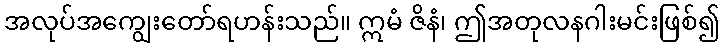
အလုပ်အကျွေးတော်ရဟန်းသည်။ ဣမံ ဇိနံ၊ ဤအတုလနဂါးမင်းဖြစ်၍